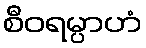
စီဝရမ္ပာဟံ